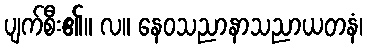
ပျက်စီး၏။ လ။ နေဝသညာနာသညာယတနံ၊